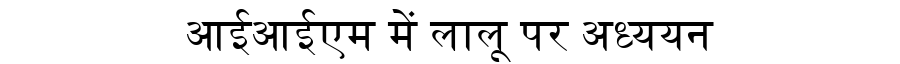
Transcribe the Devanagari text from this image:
आईआईएम में लालू पर अध्ययन